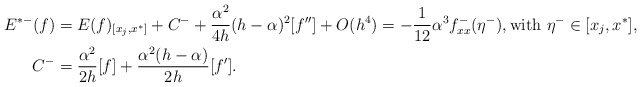
\begin{align*}\begin{aligned}E^{*-}(f)&=E(f)_{[x_j,x^*]}+C^-+\frac{\alpha^2}{4h}(h-\alpha)^2 [f'']+O(h^4)=-\frac{1}{12}\alpha^3 f^-_{xx}(\eta^-),\textrm{with } \eta^-\in [x_j, x^*],\\C^-&={\frac {{\alpha}^{2}}{2h}}[f]+{\frac {\alpha^2(h-\alpha) }{2h}}[f'].\end{aligned}\end{align*}